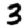
Digit: 3